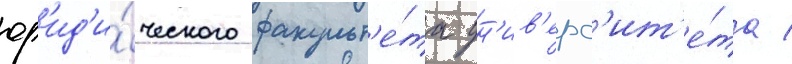
юр'ид'и́ческого факульт'е́та ун'ив'ерс'ит'е́та /